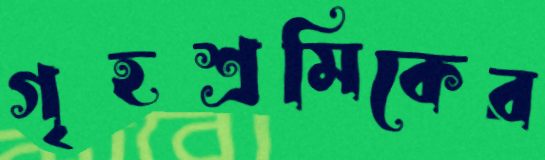
গৃহশ্রমিকের